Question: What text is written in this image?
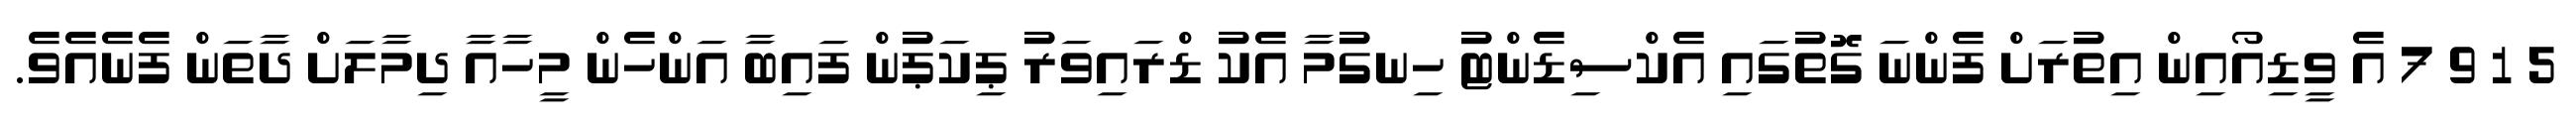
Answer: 5 1 9 7 އެ ވީޑިއޯއިން އިތުރަށް ފެންނަ ގޮތުގައި އެކްސިޑެންޓު ހިނގުމާ އެކު ޑްރައިވަރު ޕިކަޕުން ފައިބާ އަންހެން މީހާއާ ދިމާލަށް ދާތަން ފެނެއެވެ.